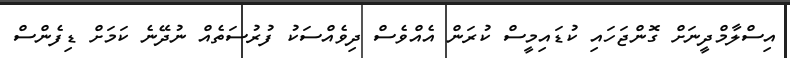
އިސްލާމްދީނަށް ގޮންޖަހައި ކުޑައިމީސް ކުރަން އެއްވެސް ދިވެއްސަކު ފުރުސަތެއް ނުދޭނެ ކަމަށް ޑިފެންސް